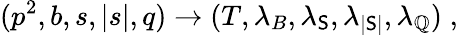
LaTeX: (p^{2},b,s,|s|,q)\rightarrow(T,\lambda_{B},\lambda_{\mathsf{S}},\lambda_{|\mathsf{S}|},\lambda_{\mathbb{Q}})\; ,